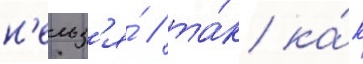
н'ельз'я́ / та́к ка́к